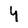
Character: 4